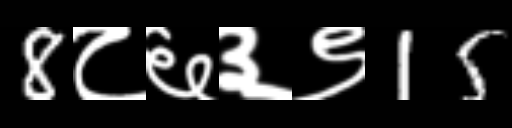
Text: 8८६३९15